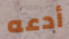
أدعه